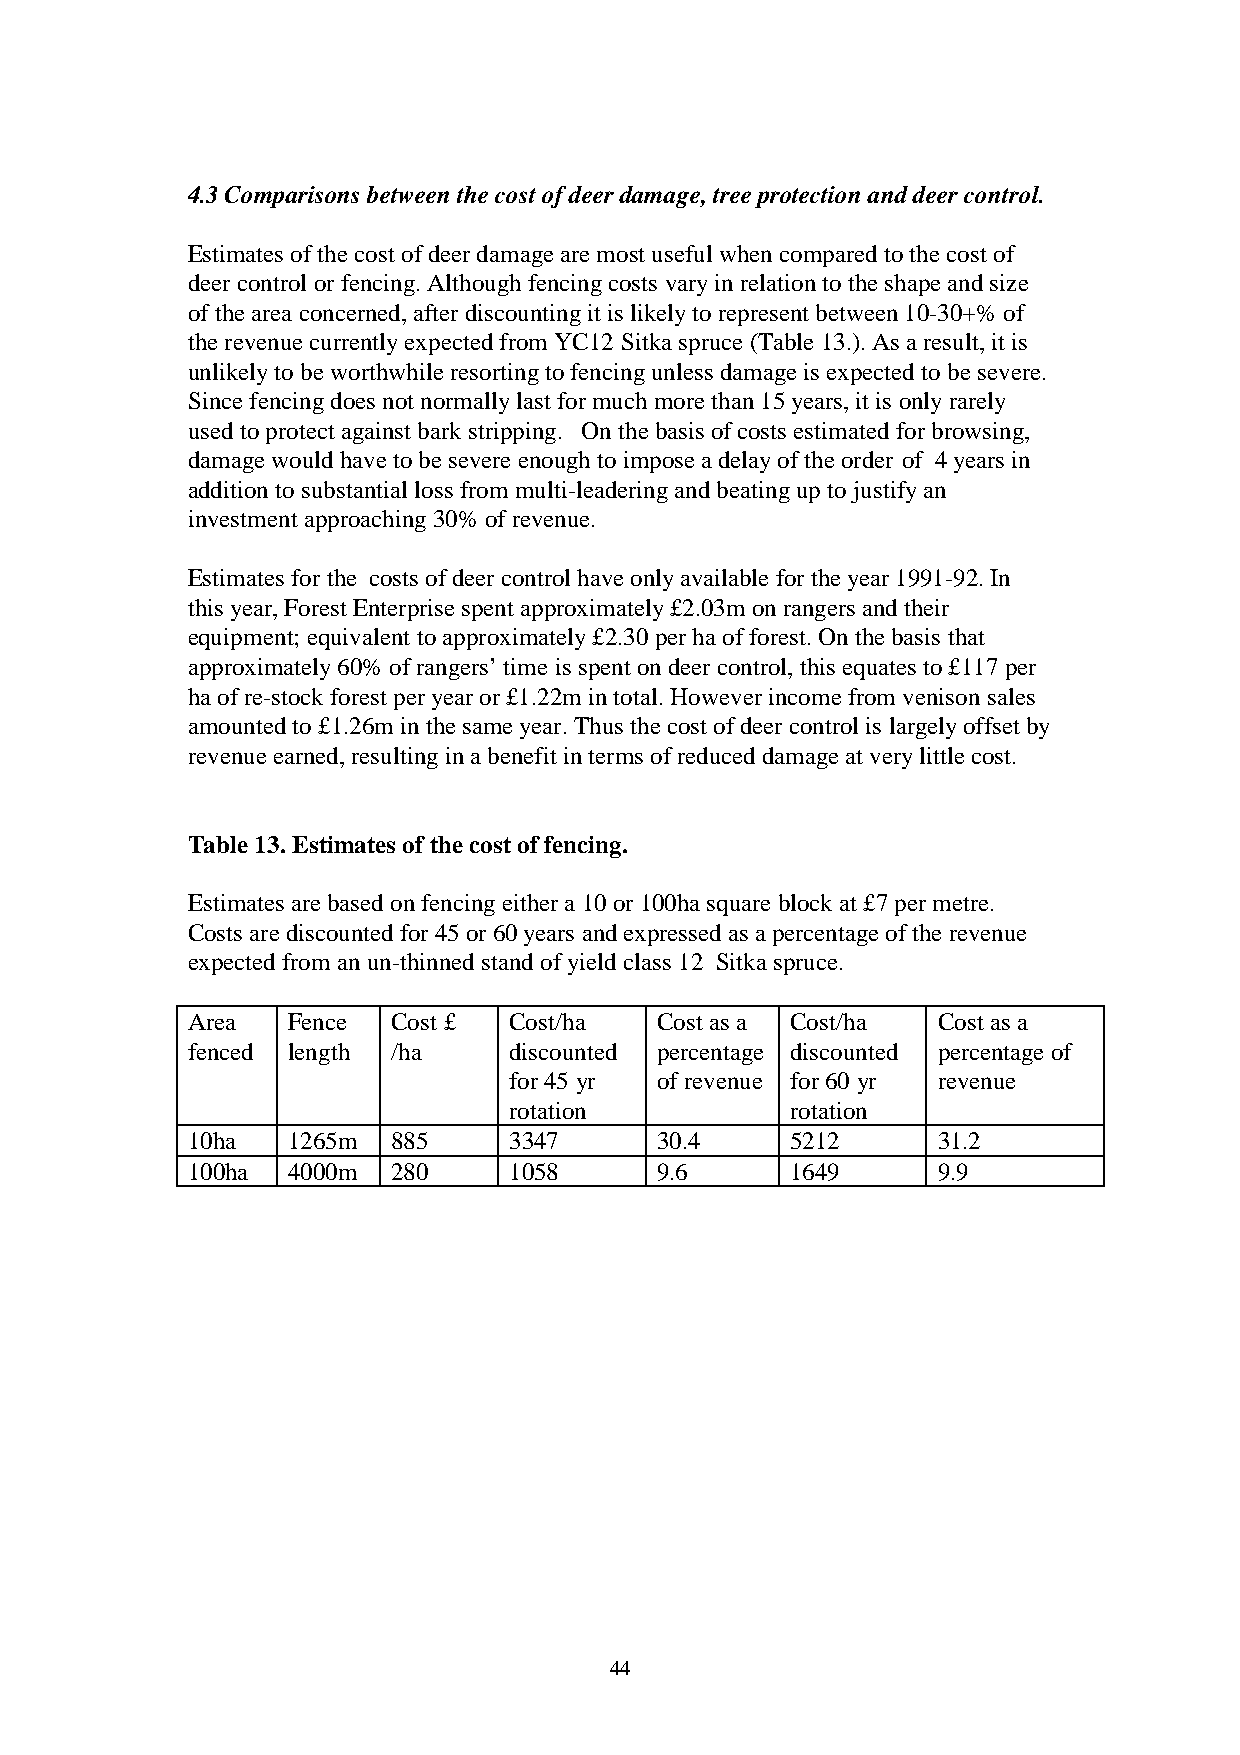
4.3 Comparisons between the cost of deer damage, tree protection and deer control.
 Estimates of the cost of deer damage are most useful when compared to the cost of
 deer control or fencing. Although fencing costs vary in relation to the shape and size
 of the area concerned, after discounting it is likely to represent between 10-30+% of
 the revenue currently expected from YC12 Sitka spruce (Table 13.). As a result, it is
 unlikely to be worthwhile resorting to fencing unless damage is expected to be severe.
 Since fencing does not normally last for much more than 15 years, it is only rarely
 used to protect against bark stripping. On the basis of costs estimated for browsing,
 damage would have to be severe enough to impose a delay of the order of 4 years in
 addition to substantial loss from multi-leadering and beating up to justify an
 investment approaching 30% of revenue.
 Estimates for the costs of deer control have only available for the year 1991-92. In
 this year, Forest Enterprise spent approximately £2.03m on rangers and their
 equipment; equivalent to approximately £2.30 per ha of forest. On the basis that
 approximately 60% of rangers’ time is spent on deer control, this equates to £117 per
 ha of re-stock forest per year or £1.22m in total. However income from venison sales
 amounted to £1.26m in the same year. Thus the cost of deer control is largely offset by
 revenue earned, resulting in a benefit in terms of reduced damage at very little cost.
 Table 13. Estimates of the cost of fencing.
 Estimates are based on fencing either a 10 or 100ha square block at £7 per metre.
 Costs are discounted for 45 or 60 years and expressed as a percentage of the revenue
 expected from an un-thinned stand of yield class 12 Sitka spruce.
 Area   Fence  Cost £  Cost/ha  Cost as a Cost/ha  Cost as a
 fenced length /ha     discounted percentage discounted percentage of
 for 45 yr of revenue for 60 yr revenue
 rotation          rotation
 10ha   1265m  885     3347     30.4     5212      31.2
 100ha  4000m  280     1058     9.6      1649      9.9
 44